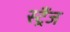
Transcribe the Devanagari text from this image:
स्ट्रैंज